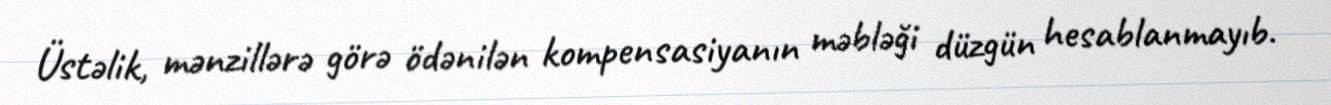
Üstəlik, mənzillərə görə ödənilən kompensasiyanın məbləği düzgün hesablanmayıb.